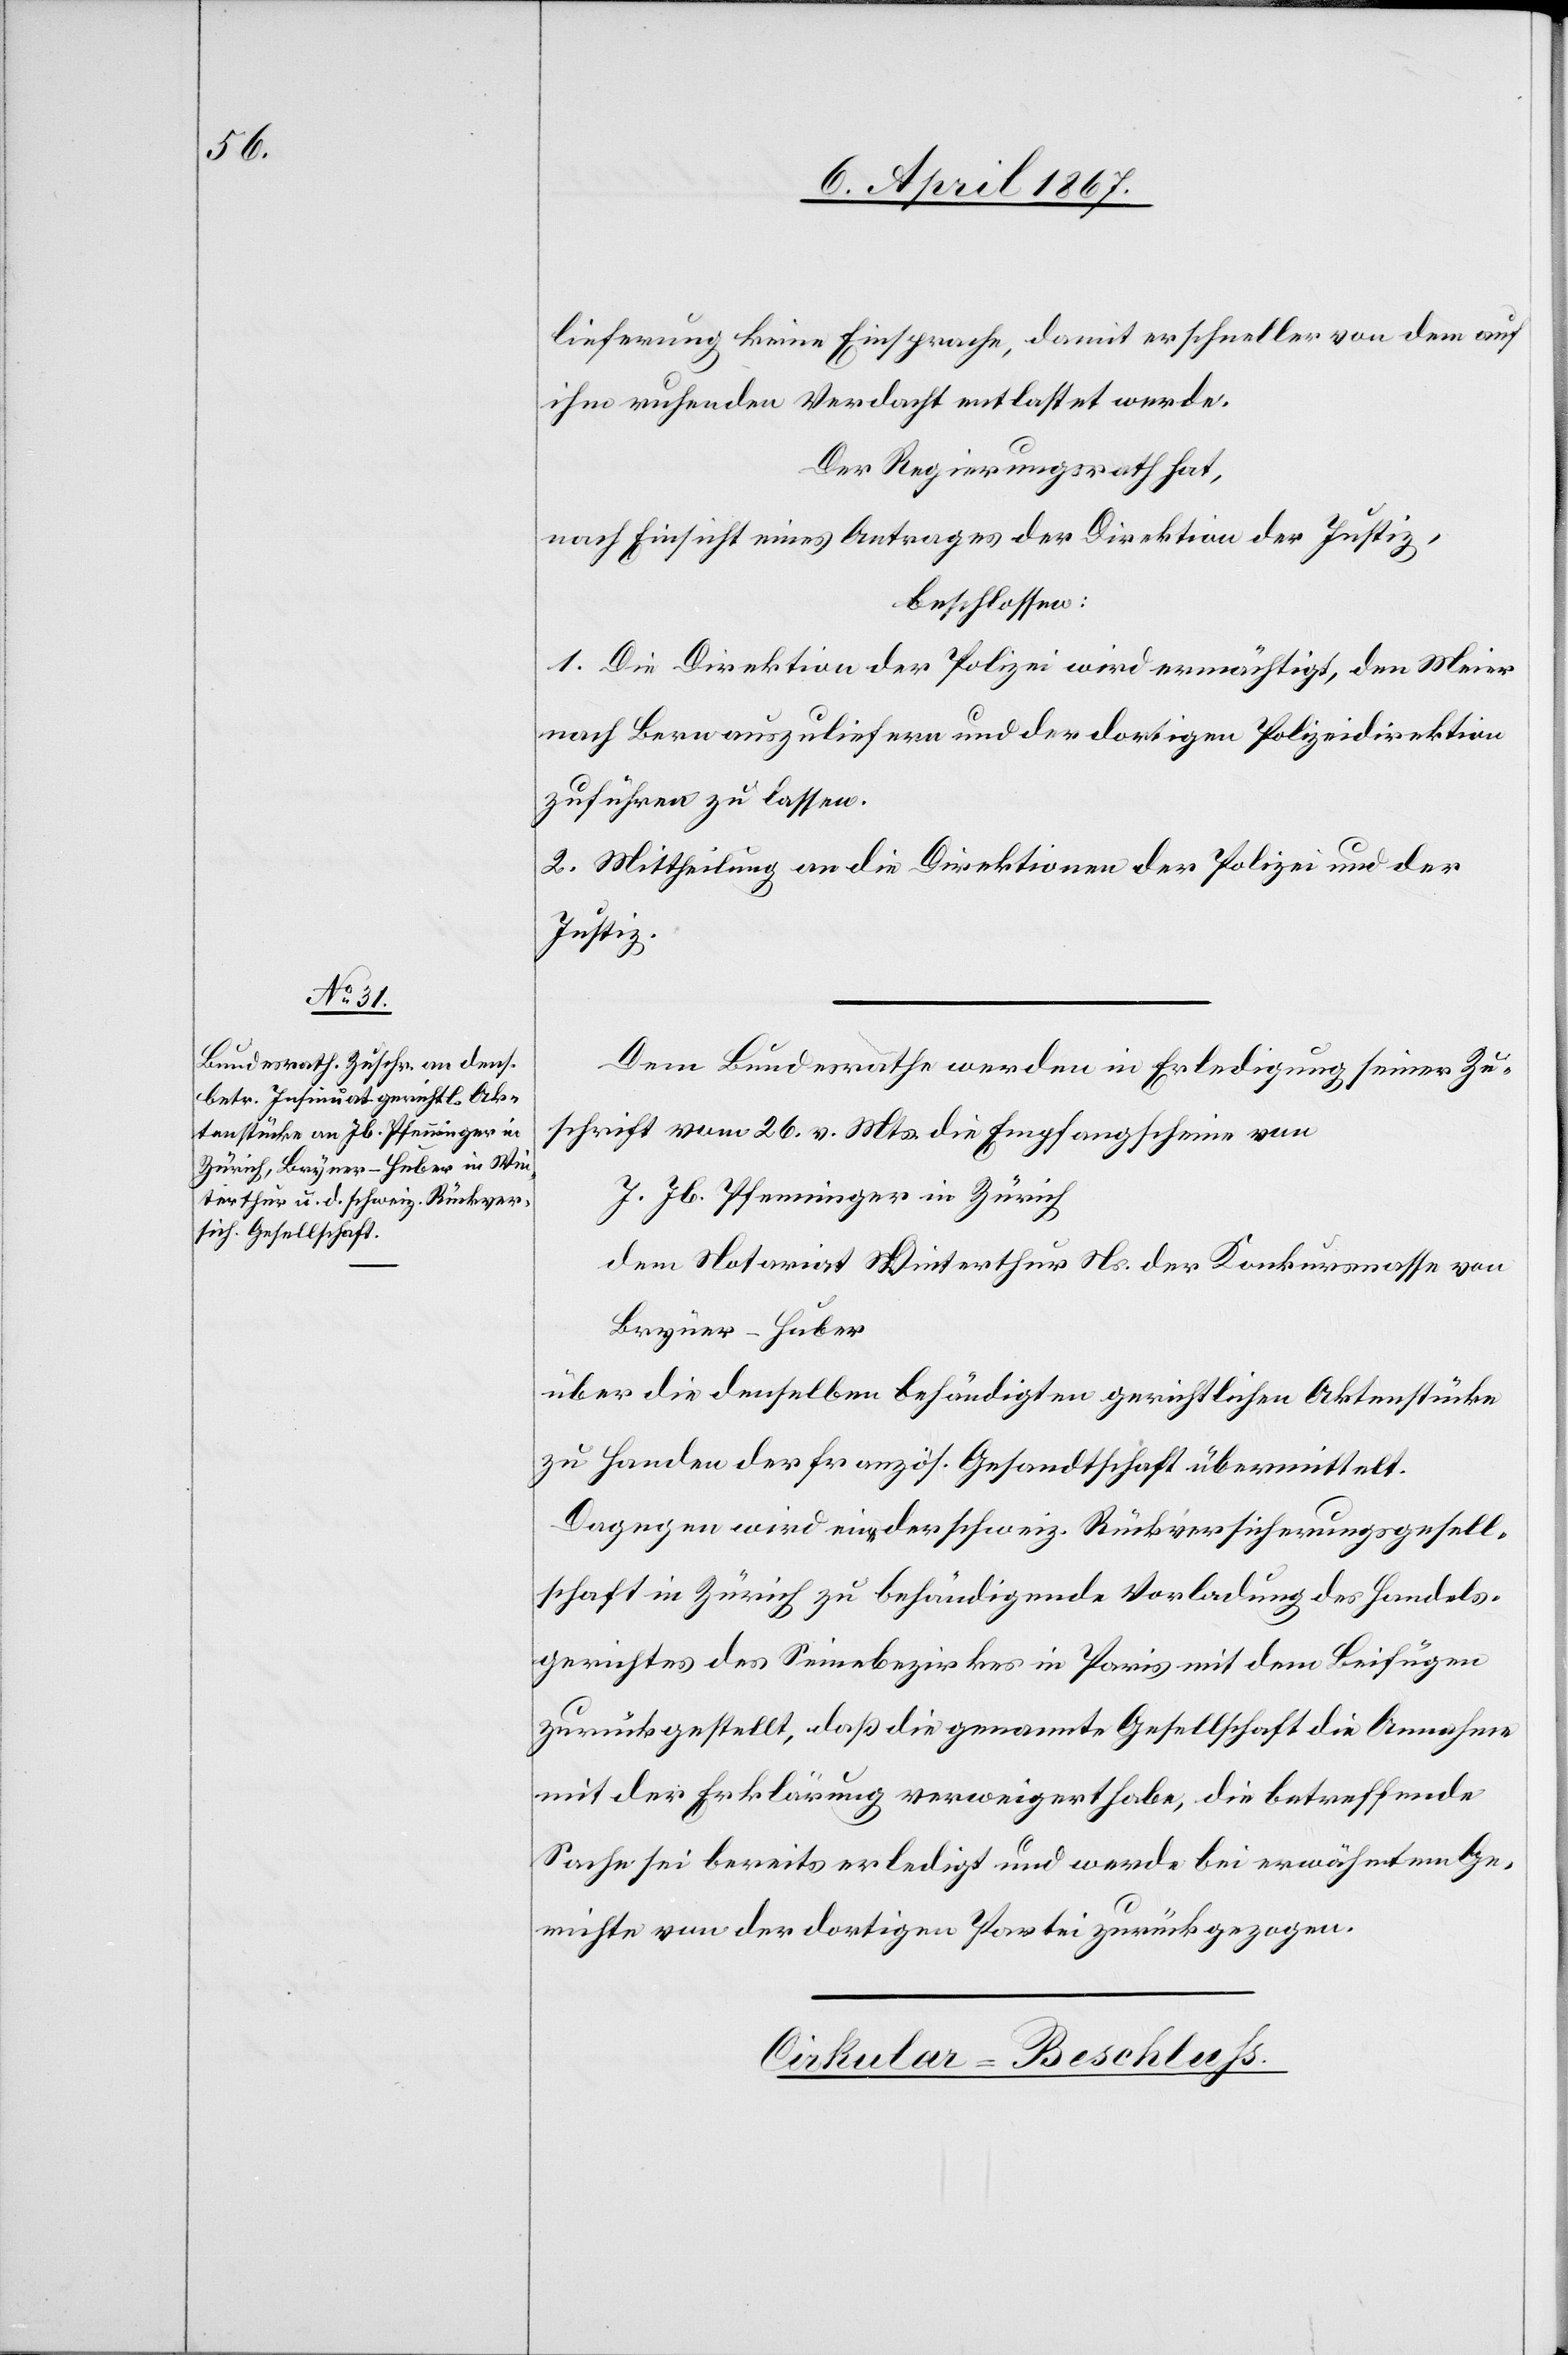
8. April 1867.]
lieferung keine Einsprache, damit er schneller von dem auf
ihm ruhenden Verdacht entlastet werde.
Der Regierungsrath hat,
nach Einsicht eines Antrages der Direktion der Justiz,
beschlossen:
1. Die Direktion der Polizei wird ermächtigt, den Meier
nach Bern auszuliefern und der dortigen Polizeidirektion
zuführen zu lassen.
2. Mittheilung an die Direktionen der Polizei und der
Justiz.
Dem Bundesrathe werden in Erledigung seiner Zu¬
schrift vom 26. v. Mts. die Empfangscheine von
J. Jb. Pfenninger in Zürich
dem Notariat Winterthur Ns. der Konkursmasse von
Bryner-Huber
über die denselben behändigten gerichtlichen Aktenstücke
zu Handen der französ. Gesandtschaft übermittelt.
Dagegen wird eine der schweiz. Rückversicherungsgesell¬
schaft in Zürich zu behändigende Vorladung des Handels¬
gerichtes des Seinebezirkes in Paris mit dem Beifügen
zurückgestellt, daß die genannte Gesellschaft die Annahme
mit der Erklärung verweigert habe, die betreffende
Sache sei bereits erledigt und werde bei erwähntem Ge¬
richte von der dortigen Partei zurückgezogen.
Circular-Beschluß.